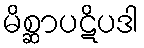
မိစ္ဆာပဋိပဒါ